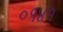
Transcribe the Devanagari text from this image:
०१४१